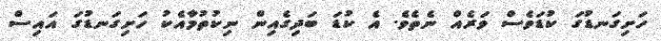
ހަށިގަނޑުގަ ކުޑަވެސް ވަރެއް ނެތެވެ. އެ ކުޑަ ބަދިގެއިން ނިކުތުމާއެކު ހަށިގަނޑުގަ އައިސް